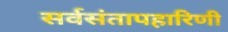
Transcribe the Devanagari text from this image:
सर्वसंतापहारिणी